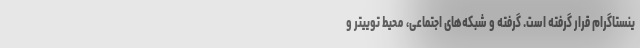
ینستاگرام قرار گرفته است. گرفته و شبکه‌های اجتماعی، محیط توییتر و